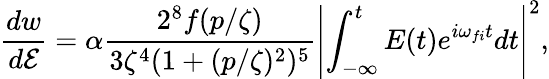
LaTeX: \frac{dw}{d\mathcal{E}}=\alpha\frac{2^{8}f(p/\zeta)}{3\zeta^{4}(1+(p/\zeta)^{2})^{5}}\left|\int_{-\infty}^{t}E(t)e^{i\omega_{fi}t}dt\right|^{2},